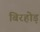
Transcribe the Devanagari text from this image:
बिरहोड़